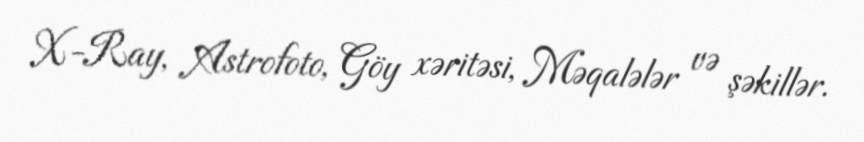
X-Ray, Astrofoto, Göy xəritəsi, Məqalələr və şəkillər.